system: You are a helpful assistant.
user:
Analyze the provided spectrum to determine if it is a **Carbon Star (C-type)**.

- **Key Visual Indicators of Carbon Star:**
    - **(Primary):** Strong molecular absorption from **C₂ (diatomic carbon) "Swan Bands."** This is the **defining feature** of a carbon star.
        - **(Key Bandheads):** Sharp absorption edges are visible at approximately $5635$ Å, $5165$ Å (the strongest band), and $4737$ Å.
        - **(Line Profile):** Creates a distinct **"saw-tooth"** pattern. The key morphology is a sharp, steep bandhead on the **red (long-wavelength) side**, which then gradually tapers off (i.e., flux recovers) towards the **blue (short-wavelength) side**. *(This is the direct opposite of the TiO bands seen in M-type stars)*.

    - **(Secondary):** Intense **CN (cyanogen)** molecular absorption bands.
        - **(Key Bandheads):** Located in the blue and violet regions of the spectrum (e.g., near $4215$ Å and $3883$ Å).
        - **(Morphology):** These bands are extremely broad and act as a "blanket," absorbing the vast majority of blue and violet light. This creates a characteristic **"cliff"** or **"steep drop-off"** in the spectrum's flux at short wavelengths.

    - **(Key Confirmation):** Strong **CH absorption band (G-band)**.
        - **(Key Bandhead):** Located around $4300$ Å. The contribution from CH molecules to this band is exceptionally strong.

    - **(Overall Spectrum):**
        - The continuum is severely "chopped up" by these deep molecular bands, especially C₂, rather than appearing as a smooth curve.
        - Due to the heavy CN and C₂ absorption in the blue-green, the vast majority of the star's flux is concentrated in the red part of the spectrum, giving the star its characteristic deep red color.

Think first, call **spectral_visualization_tool** if needed to examine features in detail, then provide your final answer. Your response must adhere to the following strict rules:
1.  **Overall Structure:** Your response must follow the format `<think>...</think> <tool_call>...</tool_call> (if a tool is used) <answer>...</answer>`.
2.  **Tool Usage Constraint:** You may only make **one** tool call per turn.
3.  **Final Answer Format:** In the `<answer>` tag, your conclusion must be inside a `\boxed{}` command (e.g., `\boxed{YES}`), followed by your justification.

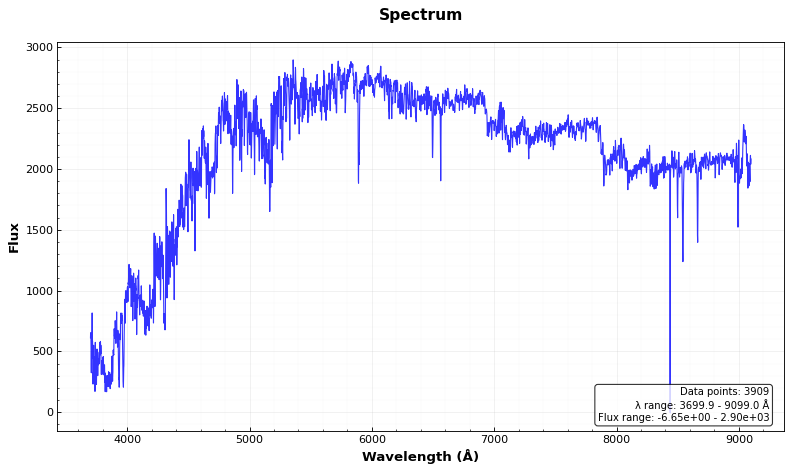
Answer: YES